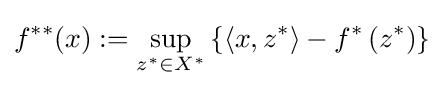
f^{**}(x):=\sup _{z^{*}\in X^{*}}\left\{\left\langle x,z^{*}\right\rangle -f^{*}\left(z^{*}\right)\right\}